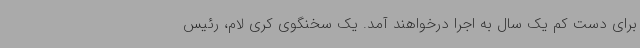
برای دست کم یک سال به اجرا درخواهند آمد. یک سخنگوی کری لام، رئیس